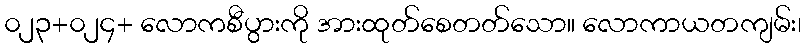
၀၂၃+၀၂၄+ လောကစီပွားကို အားထုတ်စေတတ်သော။ လောကာယတကျမ်း၊